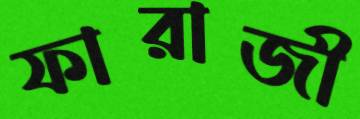
ফারাজী